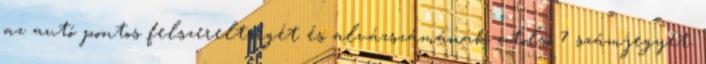
az autó pontos felszereltségét és alvázszámának utolsó 7 számjegyét.